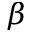
\beta